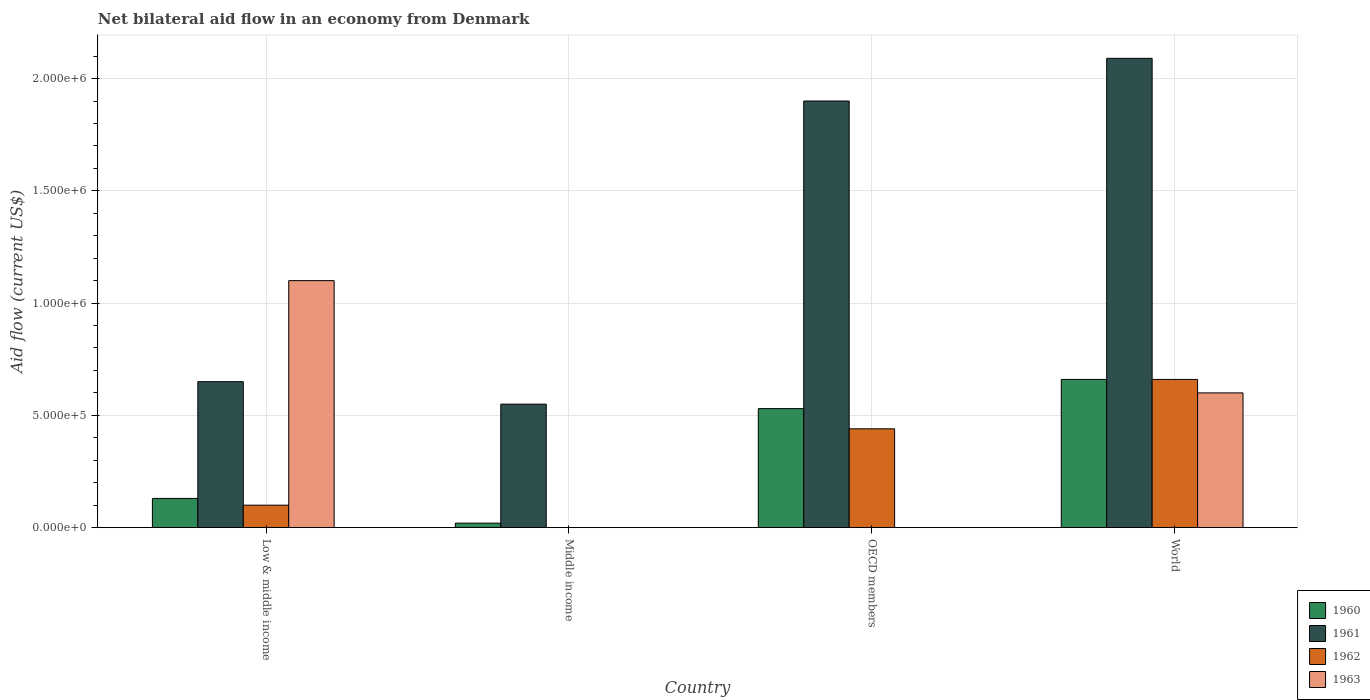
| Country | 1960 | 1961 | 1962 | 1963 |
 | --- | --- | --- | --- | --- |
 | Low & middle income | 1.3e+05 | 6.5e+05 | 1e+05 | 1.1e+06 |
 | Middle income | 2e+04 | 5.5e+05 | -1.2e+05 | -1e+05 |
 | OECD members | 5.3e+05 | 1.9e+06 | 4.4e+05 | -6e+05 |
 | World | 6.6e+05 | 2.09e+06 | 6.6e+05 | 6e+05 |